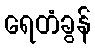
ရေတံခွန်